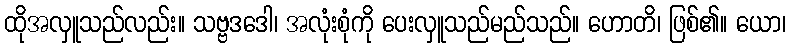
ထိုအလှူသည်လည်း။ သဗ္ဗဒဒေါ၊ အလုံးစုံကို ပေးလှူသည်မည်သည်။ ဟောတိ၊ ဖြစ်၏။ ယော၊